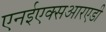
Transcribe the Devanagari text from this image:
एनईएक्सआरएडी